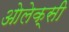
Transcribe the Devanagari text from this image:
ओलेक्सी